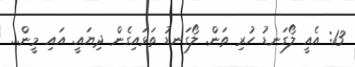
13: އެއީ ލޯގަނޑު ހުރި ތަން. ލޯގަނޑު ތަޅައިގެން ދިޔައީ. އައި މީން...